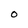
Character: O